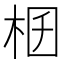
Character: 𣑟